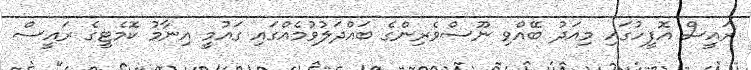
ރައީސް އޮފީހުގައި މިއަދު ބޭއްވި ނޫސްވެރިންގެ ބައްދަލުވުމެއްގައި ގައުމީ އިނާމު ކޮމެޓީގެ ރައީސް